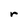
Character: r